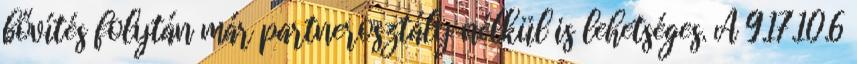
bővítés folytán már partnerosztály nélkül is lehetséges. A 9.17.10.6